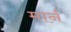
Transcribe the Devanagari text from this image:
मार्नं